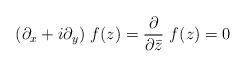
LaTeX: \begin{align*}(\partial_{x}+i\partial_{y})~f(z) =\frac{\partial}{\partial\bar{z}}~f(z)=0 \end{align*}